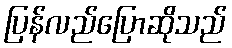
ပြန်လည်ပြောဆိုသည်